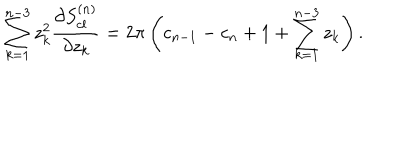
\sum _ { k = 1 } ^ { n - 3 } z _ { k } ^ { 2 } { \frac { \partial S _ { c l } ^ { ( n ) } } { \partial z _ { k } } } = 2 \pi \left( c _ { n - 1 } - c _ { n } + 1 + \sum _ { k = 1 } ^ { n - 3 } z _ { k } \right) .